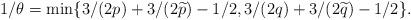
LaTeX: \begin{align*} \begin{aligned} 1/\theta=\min\{3/(2p)+3/(2\widetilde{p})-1/2,3/(2q)+3/(2\widetilde{q})-1/2\}. \end{aligned}\end{align*}